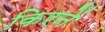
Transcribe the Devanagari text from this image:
किरनें